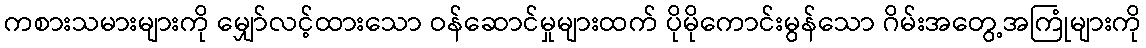
ကစားသမားများကို မျှော်လင့်ထားသော ဝန်ဆောင်မှုများထက် ပိုမိုကောင်းမွန်သော ဂိမ်းအတွေ့အကြုံများကို